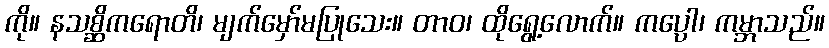
ကို။ နသစ္ဆိကရောတိ၊ မျက်မှော်မပြုသေး။ တာဝ၊ ထိုရွေ့လောက်။ ကပ္ပော၊ ကမ္ဘာသည်။